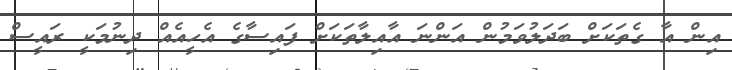
އިން އާ ގެތަކަށް ބަދަލުވަމުން އަންނަ އާއިލާތަކަށް ފައިސާގެ އެހީއެއް ދިނުމަކީ ރައީސް